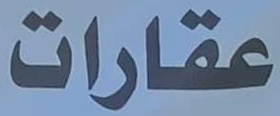
عقارات